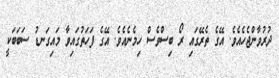
ދުރުވާންޖެހެއެވެ. އޭގެ ތެރޭގައި ރޯ ބިސްވެސް ހިމެނެއެވެ. އޭގެ ފަހަތުގައިވާ މައިގަނޑު ސަބަބަކީ